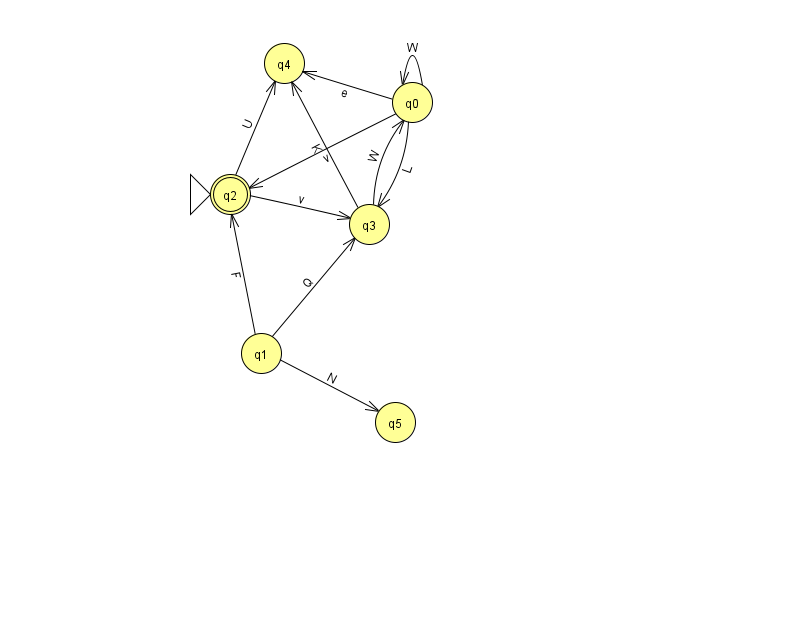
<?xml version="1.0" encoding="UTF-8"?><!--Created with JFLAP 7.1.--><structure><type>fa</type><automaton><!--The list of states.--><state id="0" name="q0"><x>412.0</x><y>89.0</y></state><state id="1" name="q1"><x>261.0</x><y>340.0</y></state><state id="2" name="q2"><x>230.0</x><y>181.0</y><initial/><final/></state><state id="3" name="q3"><x>369.0</x><y>211.0</y></state><state id="4" name="q4"><x>284.0</x><y>50.0</y></state><state id="5" name="q5"><x>395.0</x><y>409.0</y></state><!--The list of transitions.--><transition><from>0</from><to>4</to><read>e</read></transition><transition><from>1</from><to>2</to><read>F</read></transition><transition><from>3</from><to>0</to><read>W</read></transition><transition><from>1</from><to>5</to><read>N</read></transition><transition><from>0</from><to>0</to><read>W</read></transition><transition><from>0</from><to>3</to><read>L</read></transition><transition><from>0</from><to>2</to><read>v</read></transition><transition><from>3</from><to>4</to><read>K</read></transition><transition><from>2</from><to>4</to><read>U</read></transition><transition><from>1</from><to>3</to><read>Q</read></transition><transition><from>2</from><to>3</to><read>v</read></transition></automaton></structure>